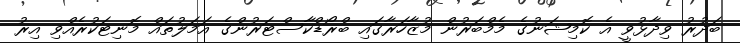
ބަދުރު ވިދާޅުވީ އެ ކޮމިޝަނުގެ މެމްބަރުން މުޒާހަރާގައި ބްރޯޑްކާސްޓަރުންގެ އަމަލުތައް މޮނިޓަކުރެއްވި އިރު